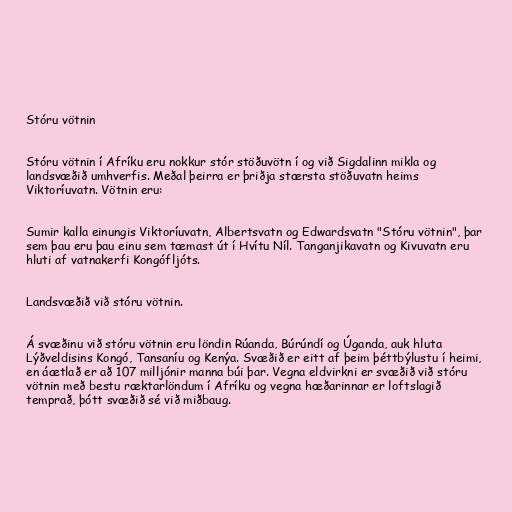
Stóru vötnin

Stóru vötnin í Afríku eru nokkur stór stöðuvötn í og við Sigdalinn mikla og
landsvæðið umhverfis. Meðal þeirra er þriðja stærsta stöðuvatn heims
Viktoríuvatn. Vötnin eru:

Sumir kalla einungis Viktoríuvatn, Albertsvatn og Edwardsvatn "Stóru vötnin", þar
sem þau eru þau einu sem tæmast út í Hvítu Níl. Tanganjikavatn og Kivuvatn eru
hluti af vatnakerfi Kongófljóts.

Landsvæðið við stóru vötnin.

Á svæðinu við stóru vötnin eru löndin Rúanda, Búrúndí og Úganda, auk hluta
Lýðveldisins Kongó, Tansaníu og Kenýa. Svæðið er eitt af þeim þéttbýlustu í heimi,
en áætlað er að 107 milljónir manna búi þar. Vegna eldvirkni er svæðið við stóru
vötnin með bestu ræktarlöndum í Afríku og vegna hæðarinnar er loftslagið
temprað, þótt svæðið sé við miðbaug.